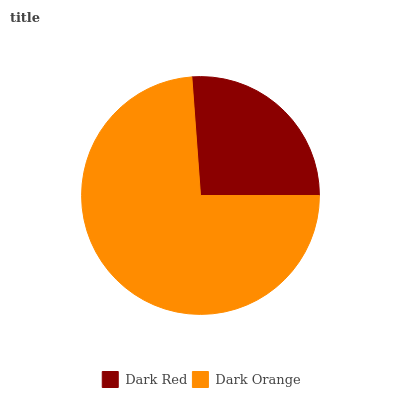
| Dark Red | Dark Orange |
 | --- | --- |
 | 26.1% | 73.9% |